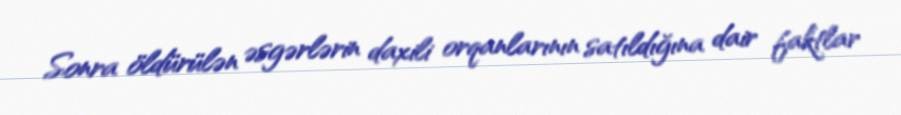
Sonra öldürülən əsgərlərin daxili orqanlarının satıldığına dair faktlar